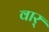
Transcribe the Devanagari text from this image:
वार्